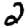
Digit: 2